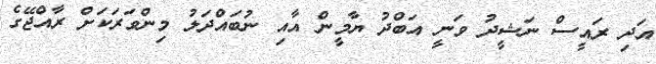
އަދި ރައީސް ނަޝީދު ވަނީ އަބްދު ޔާމީން އާއި ނުބައްދަލު މިންވަރަކަށް ރާއްޖޭގެ